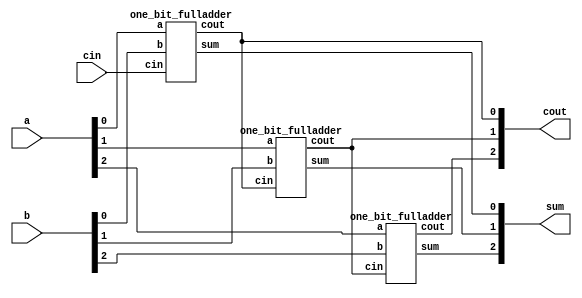
module top_module( 
    input [2:0] a, b,
    input cin,
    output [2:0] cout,
    output [2:0] sum );

    one_bit_fulladder instance1(a[0], b[0], cin, cout[0], sum[0]);
    one_bit_fulladder instance2(a[1], b[1], cout[0], cout[1], sum[1]);
    one_bit_fulladder instance3(a[2], b[2], cout[1], cout[2], sum[2]);
  
endmodule

module one_bit_fulladder(input a, b, cin, output cout, sum);
    assign cout = a&b|b&cin|cin&a;
    assign sum = a^b^cin;
endmodule